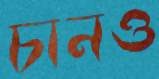
চানও